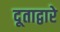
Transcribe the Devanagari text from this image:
दूताद्वारे